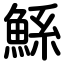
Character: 鯀